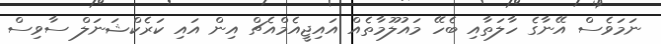
ނަމަވެސް އޭނާގެ ހާލަތާއި ބެހޭ މައުލޫމާތެއް އައިޖީއެމްއެޗް އިން އައި ކަރެކްޝަނަލް ސާވިސް